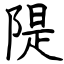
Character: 隄